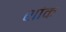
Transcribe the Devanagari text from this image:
शांक